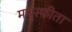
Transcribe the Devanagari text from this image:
मधुस्फीता